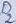
Text: D2